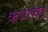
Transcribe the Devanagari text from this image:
ऋज्राष्वड